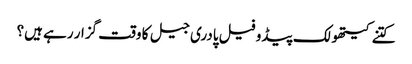
کتنے کیتھولک پیڈو فیل پادری جیل کا وقت گزار رہے ہیں؟